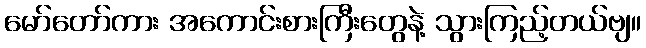
မော်တော်ကား အကောင်းစားကြီးတွေနဲ့ သွားကြည့်တယ်ဗျ။